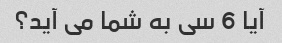
آیا 6 سی به شما می آید؟